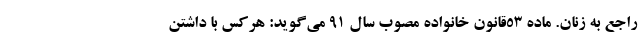
راجع به زنان. ماده 53قانون خانواده مصوب سال 91 می‌گوید: هرکس با داشتن